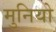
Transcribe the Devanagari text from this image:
मुनियो